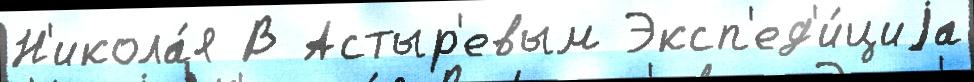
Н'икола́я В Астыр'евым Эксп'ед'и́циjа